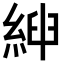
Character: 𦁴